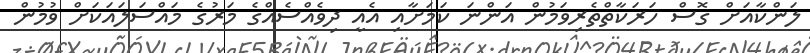
ލަންކާއަށް ގޮސް ހަރަކާތްތެރިވަމުން އަންނަ ކަމަށާއި އެއީ ދިވެއްސެއްގެ މަރުގެ މައްސަލައަކަށް ވުމުން